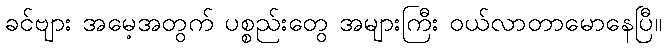
ခင်ဗျား အမေ့အတွက် ပစ္စည်းတွေ အများကြီး ဝယ်လာတာမောနေပြီ။